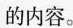
的内容。